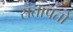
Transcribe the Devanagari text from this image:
संतापतो